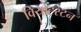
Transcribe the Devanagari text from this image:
वियोह्स्टन